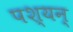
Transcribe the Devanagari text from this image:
पश्यन्